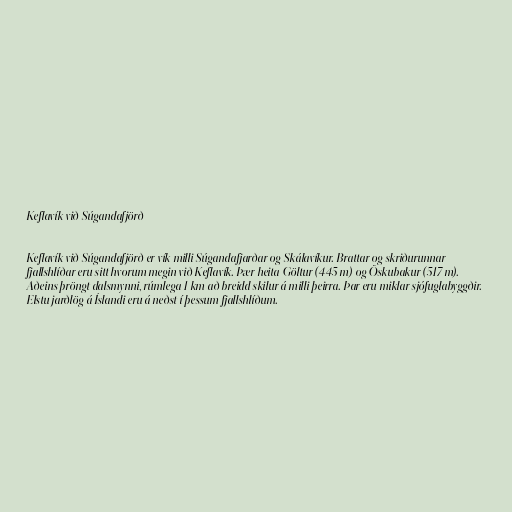
Keflavík við Súgandafjörð

Keflavík við Súgandafjörð er vík milli Súgandafjarðar og Skálavíkur. Brattar og skriðurunnar
fjallshlíðar eru sitt hvorum megin við Keflavík. Þær heita Göltur (445 m) og Öskubakur (517 m).
Aðeins þröngt dalsmynni, rúmlega 1 km að breidd skilur á milli þeirra. Þar eru miklar sjófuglabyggðir.
Elstu jarðlög á Íslandi eru á neðst í þessum fjallshlíðum.